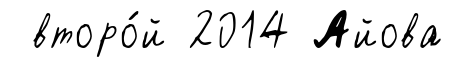
второ́й 2014 Айова